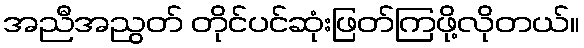
အညီအညွတ် တိုင်ပင်ဆုံးဖြတ်ကြဖို့လိုတယ်။